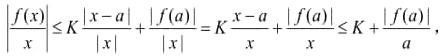
\[
\frac{|f(x)|}{|x|} \leq K \frac{|x - a|}{|x|} + \frac{|f(a)|}{|x|} = K \frac{|x - a|}{|x|} + \frac{|f(a)|}{|x|} \leq K + \frac{|f(a)|}{|a|},
\]